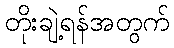
တိုးချဲ့ရန်အတွက်